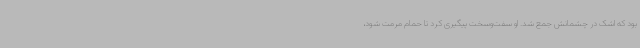
بود که اشک در چشمانش جمع شد. او سفت‌وسخت پیگیری کرد تا حمام مرمت شود،